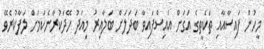
މީހުން ފައިސާއާއި ތަކެތީގެ އަގަށް އައިސްފައިވާ ބަދަލަށް ބަލާއިރު މިއަދު ހޭދަކުރާނެކަމަށް ލަފާކުރެވޭ